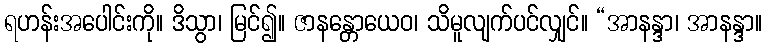
ရဟန်းအပေါင်းကို။ ဒိသွာ၊ မြင်၍။ ဇာနန္တောယေဝ၊ သိမူလျက်ပင်လျှင်။ “အာနန္ဒာ၊ အာနန္ဒာ။